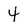
Character: 4